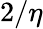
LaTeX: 2/\eta